Lunatic asylums Madras 1892-1911 - 1892-1911
Year: 1892
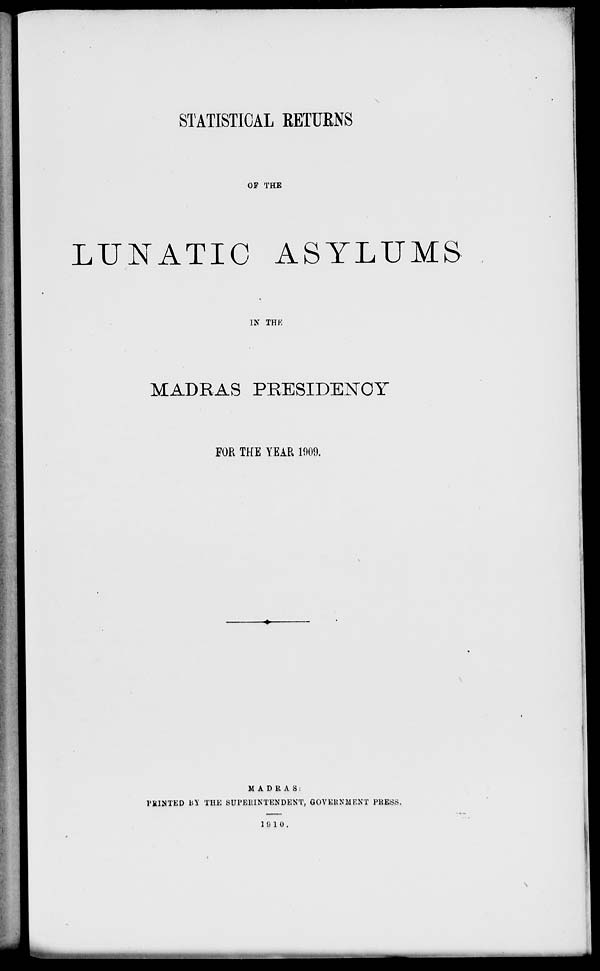
STATISTICAL RETURNS
OF THE
LUNATIC ASYLUMS
IN THE
MADRAS PRESIDENCY
FOR THE YEAR 1909.
MADRAS:
PIIMTED i<* THE SUPERINTENDENT, GOVERNMENT PRESS,
1 0 1 0,